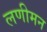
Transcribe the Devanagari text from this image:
लणीमन